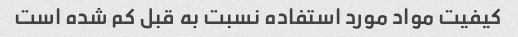
کیفیت مواد مورد استفاده نسبت به قبل کم شده است